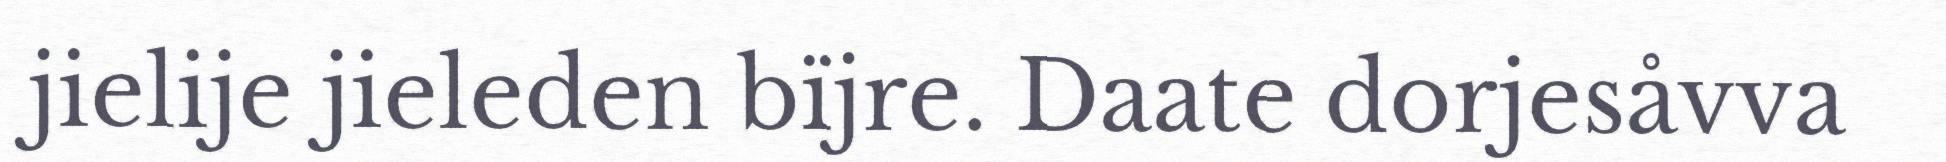
jielije jieleden bïjre. Daate dorjesåvva